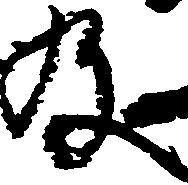
及